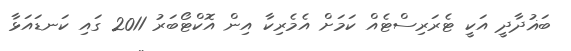
ބަޣުދާދީ އަކީ ޓެރަރިސްޓެއް ކަމަށް އެމެރިކާ އިން އޮކްޓޯބަރު 2011 ގައި ކަނޑައަޅާ